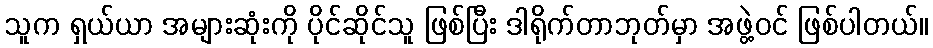
သူက ရှယ်ယာ အများဆုံးကို ပိုင်ဆိုင်သူ ဖြစ်ပြီး ဒါရိုက်တာဘုတ်မှာ အဖွဲ့ဝင် ဖြစ်ပါတယ်။